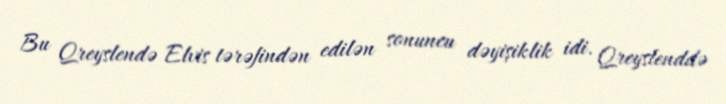
Bu Qreyslendə Elvis tərəfindən edilən sonuncu dəyişiklik idi. Qreyslenddə